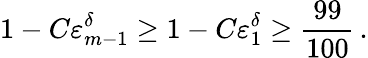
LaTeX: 1-C\varepsilon_{m-1}^{\delta}\geq 1-C\varepsilon_{1}^{\delta}\geq\frac{99}{100}\, .